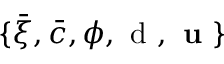
\{ \bar { \xi } , \bar { c } , \phi , \mathrm { ~ d ~ } , \textbf { u } \}